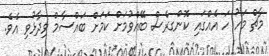
މާޗް މަހު ހަ އެއްގައި ކޮންގރެސް ބޭއްވުމަށް ކަމަށް ބައްސާމް ވިދާޅުވި އެވެ.